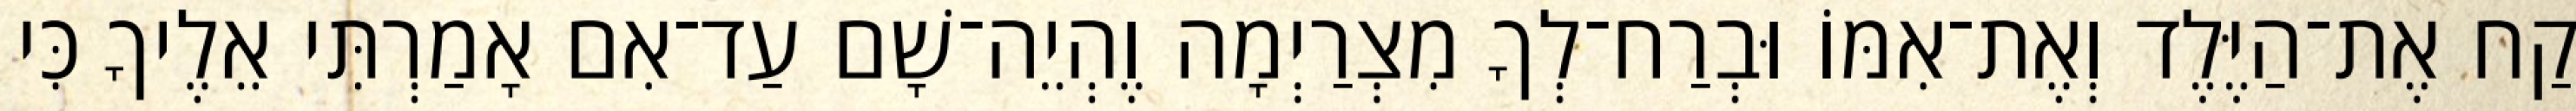
קַח אֶת־הַיֶּלֶד וְאֶת־אִמּוֹ וּבְרַח־לְךָ מִצְרַיְמָה וֶהְיֵה־שָׁם עַד־אִם אָמַרְתִּי אֵלֶיךָ כִּי